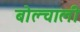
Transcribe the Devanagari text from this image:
बोल्चाली